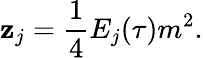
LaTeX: \mathbf{z}_{j}={\frac{{1}}{{4}}}E_{j}(\tau)m^{2}.